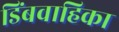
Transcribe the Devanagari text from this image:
डिंबवाहिका